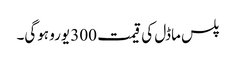
پلس ماڈل کی قیمت 300 یورو ہوگی۔